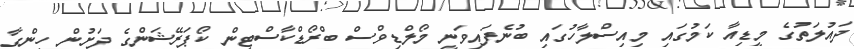
ދައުލަތުގެ މީޑިއާ ކަމުގައި މިއިސްލާހުގައި ބުނެފައިވަނީ މޯލްޑިވްސް ބްރޯޑްކާސްޓިން ކޯޕަރޭޝަންގެ ދަށުން ހިންގާ